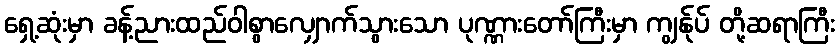
ရှေ့ဆုံးမှာ ခန့်ညားထည်ဝါစွာလျှောက်သွားသော ပုဏ္ဏားတော်ကြီးမှာ ကျွန်ုပ် တို့ဆရာကြီး